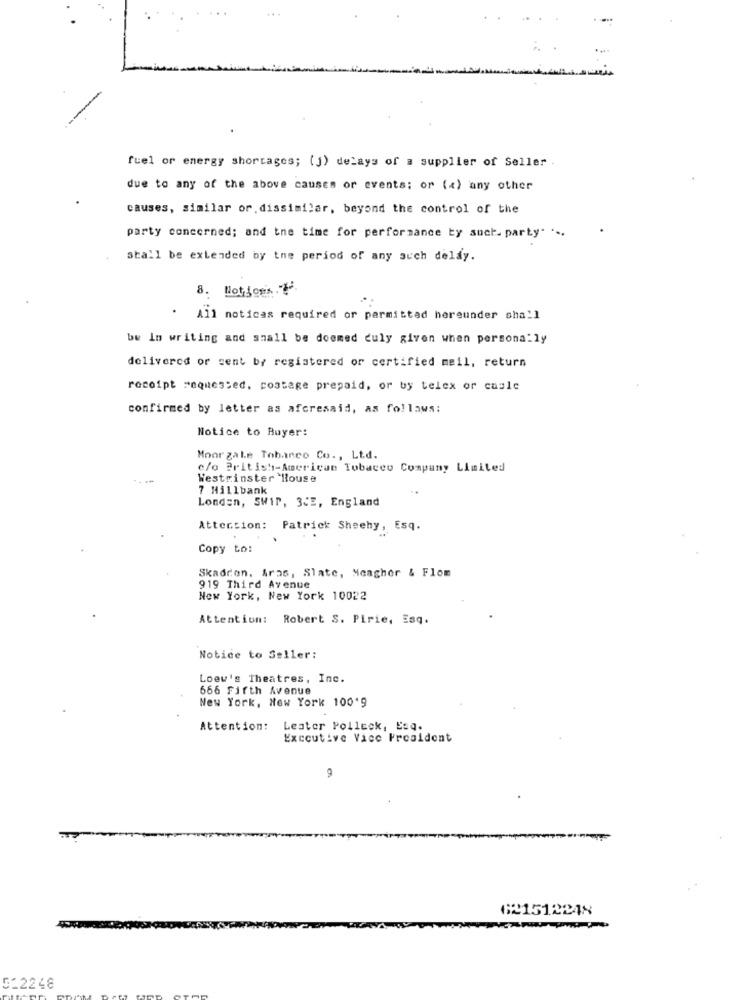
fuel or energy shortages; (j) delays of a supplier of Seller .
due to any of the above causes or events; or (x) any other
causes, similar or dissimilar, beyond the control of the
party concerned; and the time for performance by such. party. ...
stall be extended by the period of any such deldy.
8. Hot jons ."
All notices required or parmittad hereunder shall
bw In writing and small be doomed culy given when personally
delivered or sent by registered or certified meil, return
receipt requested, postage prepaid, or by telex or casle
confirmed by letter as afcresaid, as follows:
Notice to Buyer:
Moor zale Tobanco Co ., Ltd.
c/o British-American Tobacco Company Limited
--
Westminster House
7 Millbank
London, SWir, 3:2, England
Attention: Patrick Sheehy, Esq.
Copy to:
Skadcon. Aras, Slate, Meagher & Flom
919 Third Avenue
New York, New York 10022
Attention: Robert S. Pirie, Esq.
Notice to Seller:
Loew's Theatres, Inc.
666 Fifth Avenue
New York, New York 100'9
Attention:
Leater Polleck, Esq.
Executive Vice President
9
621512248
512248